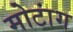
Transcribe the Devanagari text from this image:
मोटांग